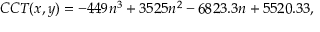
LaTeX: C C T ( x , y ) = - 4 4 9 n ^ { 3 } + 3 5 2 5 n ^ { 2 } - 6 8 2 3 . 3 n + 5 5 2 0 . 3 3 ,